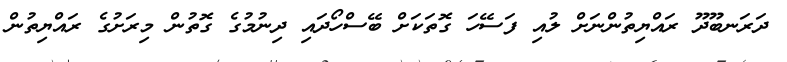
ދަރަނބޫދޫ ރައްޔިތުންނަށް ލުއި ފަސޭހަ ގޮތަކަށް ބޭސްހޯދައި ދިނުމުގެ ގޮތުން މިރަށުގެ ރައްޔިތުން